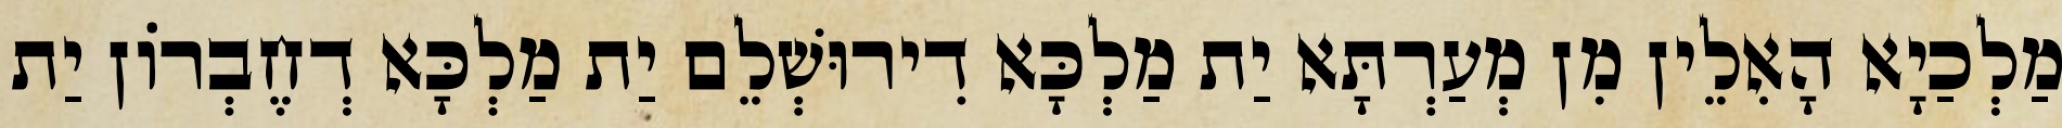
מַלְכַיָא הָאִלֵין מִן מְעַרְתָּא יַת מַלְכָּא דִירוּשְׁלֵם יַת מַלְכָּא דְחֶבְרוֹן יַת